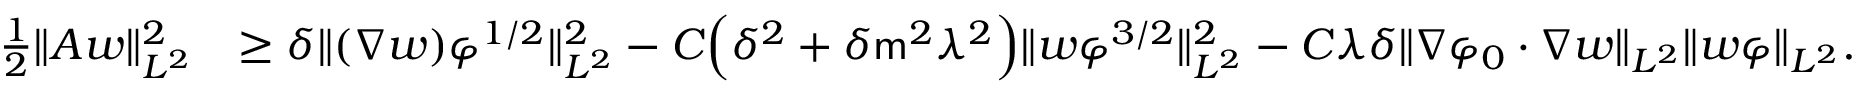
\begin{array} { r l } { \frac { 1 } { 2 } \| A w \| _ { L ^ { 2 } } ^ { 2 } } & { \geq \delta \| ( \nabla w ) \varphi ^ { 1 / 2 } \| _ { L ^ { 2 } } ^ { 2 } - C \Big ( \delta ^ { 2 } + \delta \mathsf { m } ^ { 2 } \lambda ^ { 2 } \Big ) \| w \varphi ^ { 3 / 2 } \| _ { L ^ { 2 } } ^ { 2 } - C \lambda \delta \| \nabla \varphi _ { 0 } \cdot \nabla w \| _ { L ^ { 2 } } \| w \varphi \| _ { L ^ { 2 } } . } \end{array}